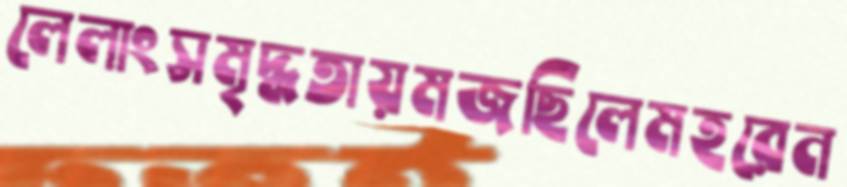
লেলাংসমৃদ্ধতায়মজছিলেমহরেন